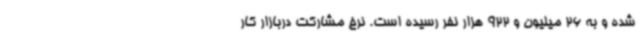
شده و به 26 میلیون و 922 هزار نفر رسیده است. نرخ مشارکت دربازار کار